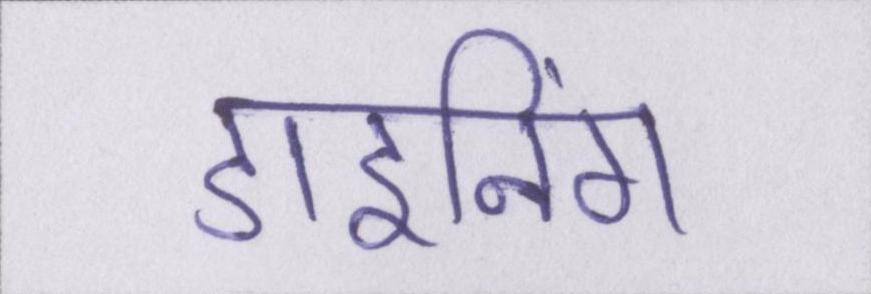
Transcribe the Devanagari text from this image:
डाइनिंग